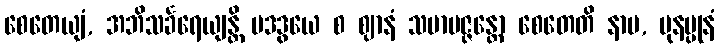
စေတေယျံ, အဘိသင်္ခရေယျန္တိ ပဒဒွယေ စ ဈာနံ သမာပဇ္ဇန္တော စေတေတိ နာမ, ပုနပ္ပုနံ